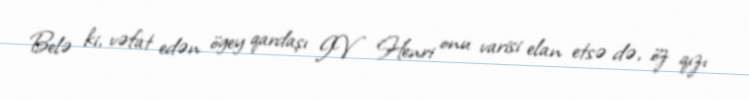
Belə ki, vəfat edən ögey qardaşı IV Henri onu varisi elan etsə də, öz qızı